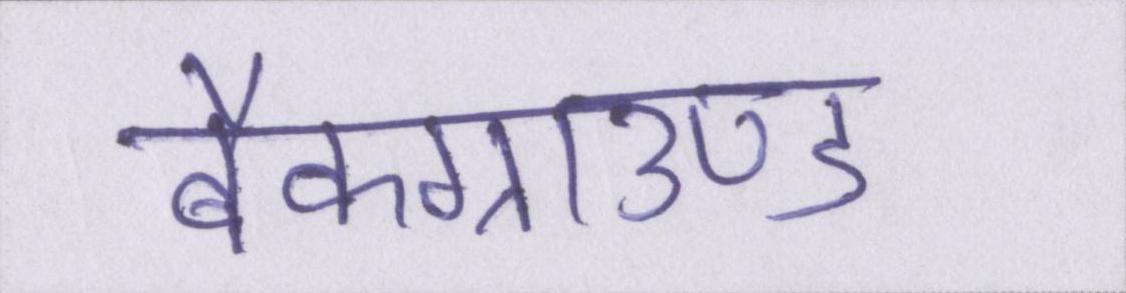
बैकग्राउण्ड